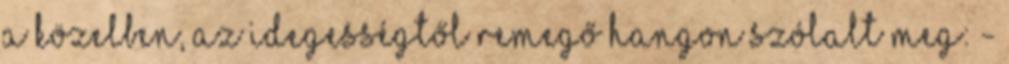
a közelben, az idegességtől remegő hangon szólalt meg: -